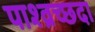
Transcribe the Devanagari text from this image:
पाश्व्रच्छदा